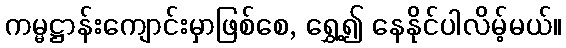
ကမ္မဋ္ဌာန်းကျောင်းမှာဖြစ်စေ, ရွှေ့၍ နေနိုင်ပါလိမ့်မယ်။